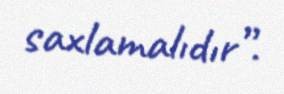
saxlamalıdır”.